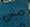
مش